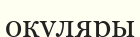
окуляры